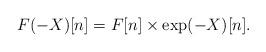
LaTeX: \begin{align*}F(-X)[n] = F[n] \times \exp(-X)[n].\end{align*}